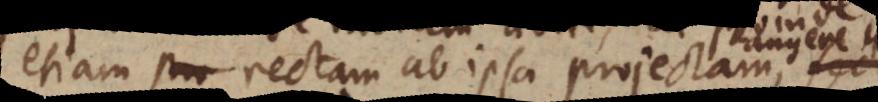
etiam rectam ab ipsa projectam,